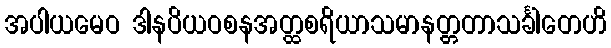
အပါယမေဝ ဒါနပိယဝစနအတ္ထစရိယာသမာနတ္တတာသင်္ခါတေဟိ